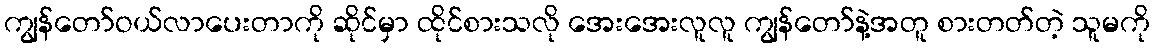
ကျွန်တော်ဝယ်လာပေးတာကို ဆိုင်မှာ ထိုင်စားသလို အေးအေးလူလူ ကျွန်တော်နဲ့အတူ စားတတ်တဲ့ သူမကို